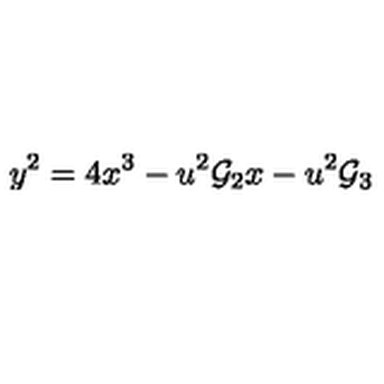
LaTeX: y ^ { 2 } = 4 x ^ { 3 } - u ^ { 2 } { \cal { G } } _ { 2 } x - u ^ { 2 } { \cal { G } } _ { 3 }